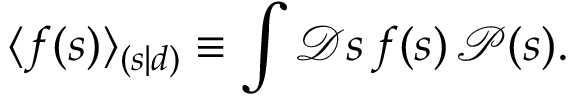
\langle f ( s ) \rangle _ { ( s | d ) } \equiv \int { \mathcal { D } } s \, f ( s ) \, { \mathcal { P } } ( s ) .